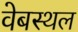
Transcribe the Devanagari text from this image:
वेबस्थल